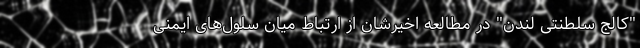
"کالج سلطنتی لندن" در مطالعه اخیرشان از ارتباط میان سلول‌های ایمنی